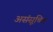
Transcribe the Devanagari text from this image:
असंसूचित